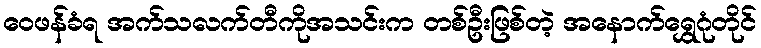
ဝေဖန်ခံရ အက်သလက်တီကိုအသင်းက တစ်ဦးဖြစ်တဲ့ အနောက်ရွှေဂုံတိုင်